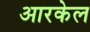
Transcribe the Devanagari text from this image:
आरकेल